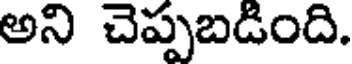
అని చెప్పబడింది.